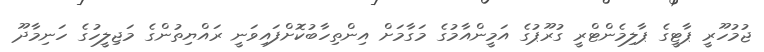
ޖުމުހޫރީ ޕާޓީގެ ޕާލިމެންޓްރީ ގުރޫޕުގެ އަމީންއާމުގެ މަގާމަށް އިންތިހާބުކޮށްފައިވަނީ ރައްޔިތުންގެ މަޖިލީހުގެ ހަނިމާދޫ